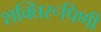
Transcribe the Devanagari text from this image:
शक्तिरूपिणी